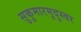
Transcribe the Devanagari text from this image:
सुकुमारमृदुस्वर